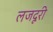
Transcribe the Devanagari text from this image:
लजदूरी